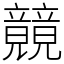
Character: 竸